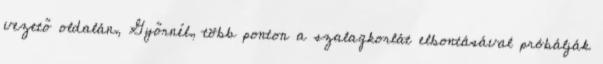
vezető oldalán, Győrnél, több ponton a szalagkorlát elbontásával próbálják